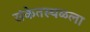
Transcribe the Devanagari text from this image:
संकेतस्थळला